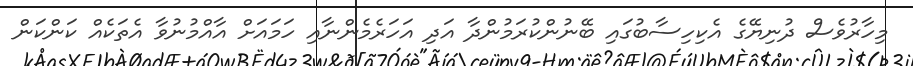
މިހާރުވެސް ދުނިޔޭގެ އެކިހިސާބުގައި ބޭނުންކުރަމުންދާ އަދި އަހަރެމެންނާއި ހަމައަށް އާއްމުނުވާ އެތަކެއް ކަންކަން